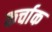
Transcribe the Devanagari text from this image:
कर्चाक